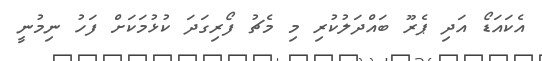
އެކައަޑޯ އަދި ޕެރޫ ބައްދަލުކުރި މި މެޗު ފޯރިގަދަ ކުޅުމަކަށް ފަހު ނިމުނީ